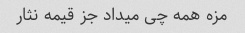
مزه همه چی میداد جز قیمه نثار